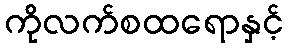
ကိုလက်စထရောနှင့်